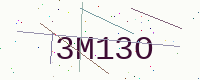
Text: 3M13O